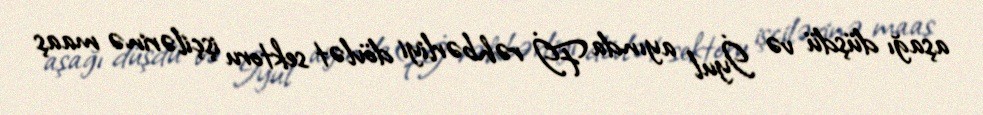
aşağı düşdü və İyul ayında Fİ rəhbərliyi dövlət sektoru işçilərinə maaş